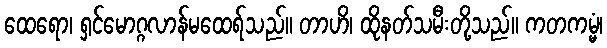
ထေရော၊ ရှင်မောဂ္ဂလာန်မထေရ်သည်။ တာဟိ၊ ထိုနတ်သမီးတို့သည်။ ကတကမ္မံ၊